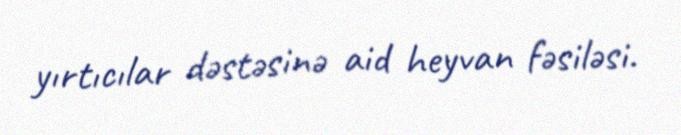
yırtıcılar dəstəsinə aid heyvan fəsiləsi.